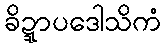
ခိဍ္ဍာပဒေါသိကံ